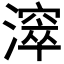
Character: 𣿈